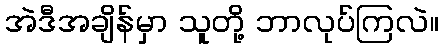
အဲဒီအချိန်မှာ သူတို့ ဘာလုပ်ကြလဲ။